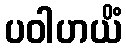
ပဝါဟယိံ